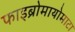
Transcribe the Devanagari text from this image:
फाइब्रोमायोमाटा